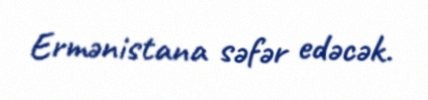
Ermənistana səfər edəcək.